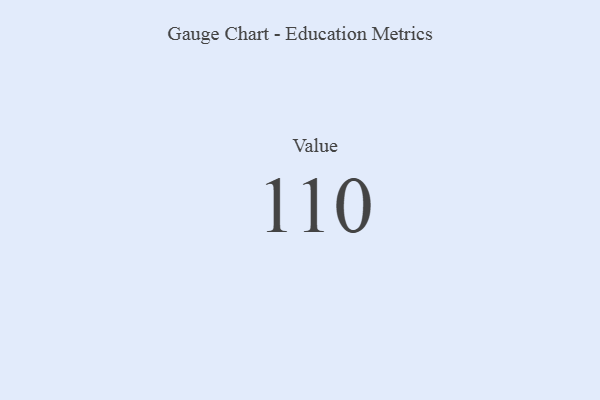
{"axis": {"x": "Metric", "y": "Value"}, "legend": [""], "data": [{"x": "Value", "y": 110, "type": ""}]}